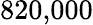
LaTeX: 820{,}000